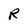
Character: R